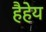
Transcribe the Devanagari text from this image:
हैहेय